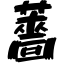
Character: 薔